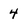
Character: 4